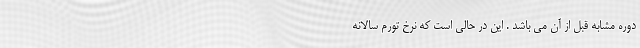
دوره مشابه قبل از آن می باشد . این در حالی است که نرخ تورم سالانه